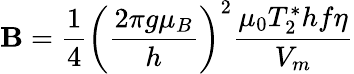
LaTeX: \mathbf{B}=\frac{1}{4}\left(\frac{2\pi g\mu_{B}}{h}\right)^{2}\frac{\mu_{0}T_{2}^{*}hf\eta}{V_{m}}